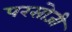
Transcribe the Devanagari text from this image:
परसोजी